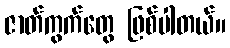
ဇာတ်ကွက်တွေ ဖြစ်ပါတယ်။